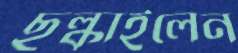
ছল্‌কাইলেন